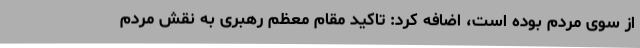
از سوی مردم بوده است، اضافه کرد: تاکید مقام معظم رهبری به نقش مردم